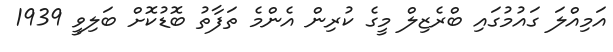
އަމިއްލަ ގައުމުގައި ބްރެޒިލް މީގެ ކުރިން އެންމެ ތަފާތު ބޮޑުކޮށް ބަލިވީ 1939